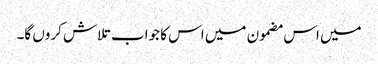
میں اس مضمون میں اس کا جواب تلاش کروں گا۔